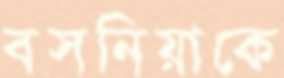
বসনিয়াকে